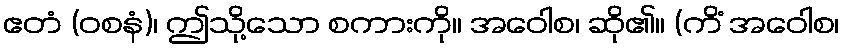
ဧတံ (ဝစနံ)၊ ဤသို့သော စကားကို။ အဝေါစ၊ ဆို၏။ (ကိံ အဝေါစ၊